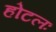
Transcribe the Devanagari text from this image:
होटलः